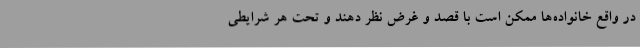
در واقع خانواده‌ها ممکن است با قصد و غرض نظر دهند و تحت هر شرایطی